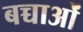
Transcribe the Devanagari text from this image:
बच्चाओं